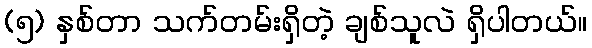
(၅) နှစ်တာ သက်တမ်းရှိတဲ့ ချစ်သူလဲ ရှိပါတယ်။